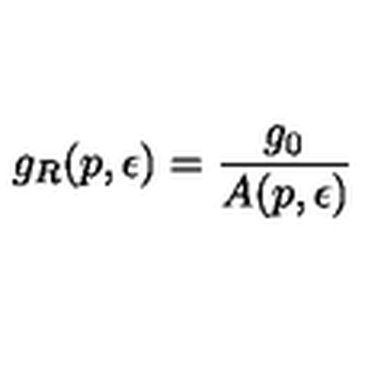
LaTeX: g _ { R } ( p , \epsilon ) = \frac { g _ { 0 } } { A ( p , \epsilon ) }